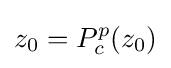
z_{0}=P_{c}^{p}(z_{0})